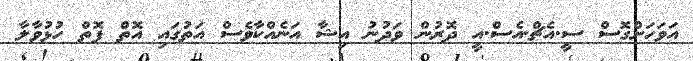
އަވަހަށްގޮސް ސީ.އެޗް.އެސް.އީ ދޮރުން ވަދުނު އިޝާ އަނެއްކާވެސް އަތުގައި އޮތް ފޮތް ހުޅުވާލާ